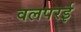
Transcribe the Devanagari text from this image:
वलपरई